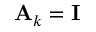
{ \bf A } _ { k } = { \bf I }